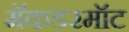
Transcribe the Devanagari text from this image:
मॅकडरमॉट